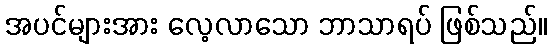
အပင်များအား လေ့လာသော ဘာသာရပ် ဖြစ်သည်။